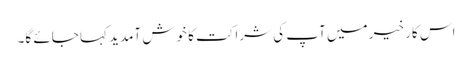
اس کار خیر میں آپ کی شراکت کا خوش آمدید کہا جائے گا۔